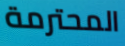
المحترمة